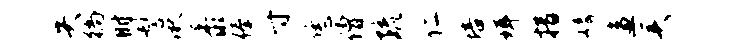
失徜时髻湫黍俸寸恁僧疏仁培珥措崎盗美